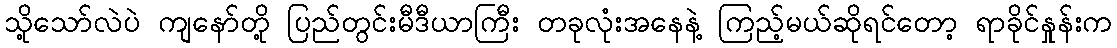
သို့သော်လဲပဲ ကျနော်တို့ ပြည်တွင်းမီဒီယာကြီး တခုလုံးအနေနဲ့ ကြည့်မယ်ဆိုရင်တော့ ရာခိုင်နှုန်းက